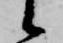
候